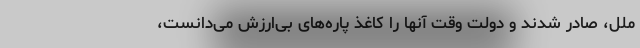
ملل، صادر شدند و دولت وقت آنها را کاغذ پاره‌های بی‌ارزش می‌دانست،